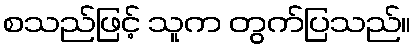
စသည်ဖြင့် သူက တွက်ပြသည်။